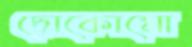
দোকোমো